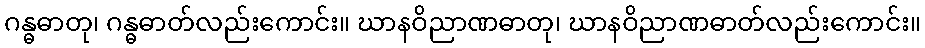
ဂန္ဓဓာတု၊ ဂန္ဓဓာတ်လည်းကောင်း။ ဃာနဝိညာဏဓာတု၊ ဃာနဝိညာဏဓာတ်လည်းကောင်း။